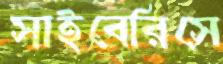
সাইবেরিসে